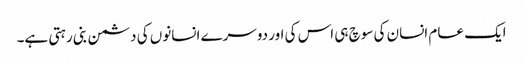
ایک عام انسان کی سوچ ہی اس کی اور دوسرے انسانوں کی دشمن بنی رہتی ہے۔